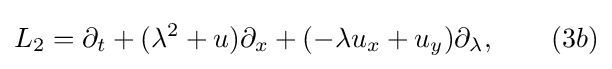
L_{2}=\partial _{t}+(\lambda ^{2}+u)\partial _{x}+(-\lambda u_{x}+u_{y})\partial _{\lambda },\qquad (3b)